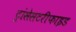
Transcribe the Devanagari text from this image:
ट्रांसेसटरीफाइड